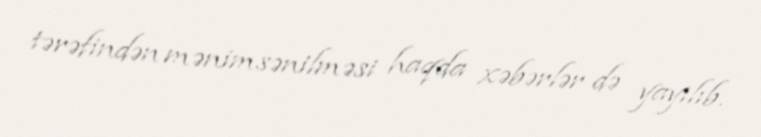
tərəfindən mənimsənilməsi haqda xəbərlər də yayılıb.